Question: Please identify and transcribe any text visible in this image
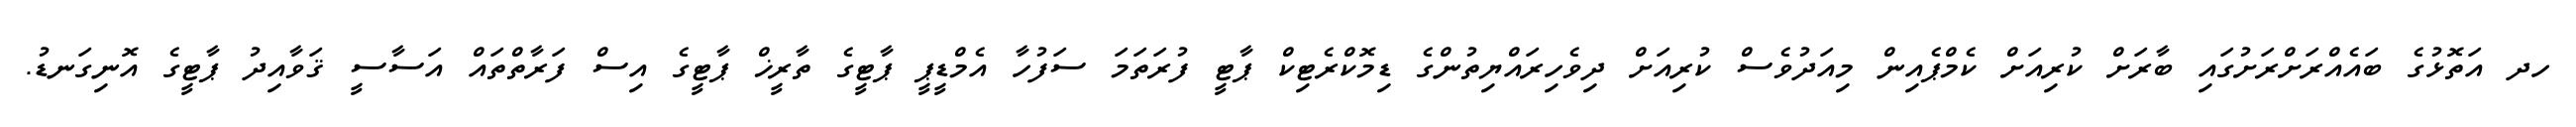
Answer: ހދ އަތޮޅުގެ ބައެއްރަށްރަށުގައި ބާރަށް ކުރިއަށް ކެމްޕެއިން މިއަދުވެސް ކުރިއަށް ދިވެހިރައްޔިތުންގެ ޑިމޮކްރެޓިކް ޕާޓީ ފުރަތަމަ ސަފުހާ އެމްޑީޕީ ޕާޓީގެ ތާރީޚް ޕާޓީގެ އިސް ފަރާތްތައް އަސާސީ ޤަވާއިދު ޕާޓީގެ އޮނިގަނޑު.